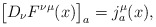
\begin{align*}\bigl[D_{\nu}F^{\nu\mu}(x)\bigr]_a=j_a^{\mu}(x),\end{align*}